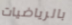
بالرياضيات